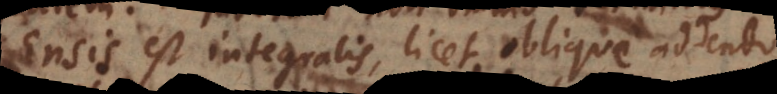
Ensis est integralis, licet oblique addendo